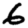
Digit: 6